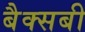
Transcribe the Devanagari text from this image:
बैक्सबी